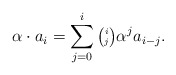
\begin{align*} \alpha \cdot a_i = \sum_{j=0}^i {\tiny\begin{pmatrix} i \\ j \end{pmatrix}} \alpha^ja_{i-j}. \end{align*}